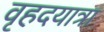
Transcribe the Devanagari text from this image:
वृहदयात्रा